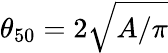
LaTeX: \theta_{50}=2\sqrt{A/\pi}